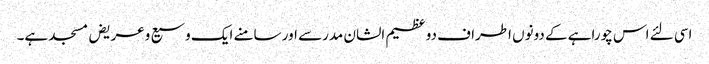
اسی لئے اس چوراہے کے دونوں اطراف دو عظیم الشان مدرسے اور سامنے ایک وسیع وعریض مسجد ہے۔